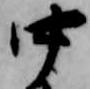
中